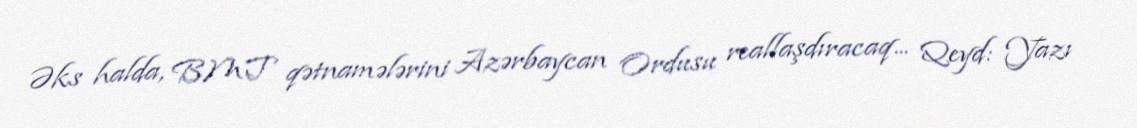
Əks halda, BMT qətnamələrini Azərbaycan Ordusu reallaşdıracaq... Qeyd: Yazı